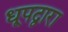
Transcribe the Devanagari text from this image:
धूपद्वारा